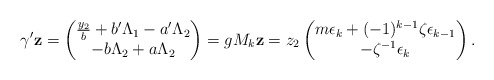
\begin{align*} \gamma' \mathbf{z} = \begin{pmatrix} \frac{y_2}{b} + b' \Lambda_1 - a' \Lambda_2\\ -b \Lambda_2 + a \Lambda_2 \end{pmatrix} = g M_k \mathbf{z} = z_2 \begin{pmatrix} m \epsilon_k + (-1)^{k - 1} \zeta \epsilon_{k - 1}\\ - \zeta^{-1} \epsilon_k \end{pmatrix}. \end{align*}